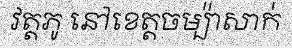
វត្តភូ នៅខេត្តចម្ប៉ាសាក់